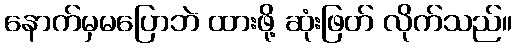
နောက်မှမပြောဘဲ ထားဖို့ ဆုံးဖြတ် လိုက်သည်။